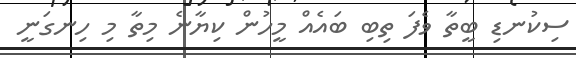
ސިކުނޑި ބީތާ ވެފަ ތިބި ބައެއް މީހުން ކިޔާނެ މިތާ މި ހިނގަނީ